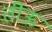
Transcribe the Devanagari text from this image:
तीऊ